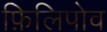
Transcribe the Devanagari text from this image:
फ़िलिपोव